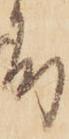
殿